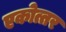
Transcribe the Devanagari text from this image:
एकोत्तर